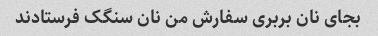
بجای نان بربری سفارش من نان سنگک فرستادند